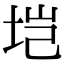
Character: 垲